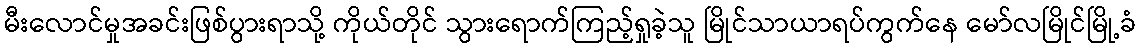
မီးလောင်မှုအခင်းဖြစ်ပွားရာသို့ ကိုယ်တိုင် သွားရောက်ကြည့်ရှုခဲ့သူ မြိုင်သာယာရပ်ကွက်နေ မော်လမြိုင်မြို့ခံ